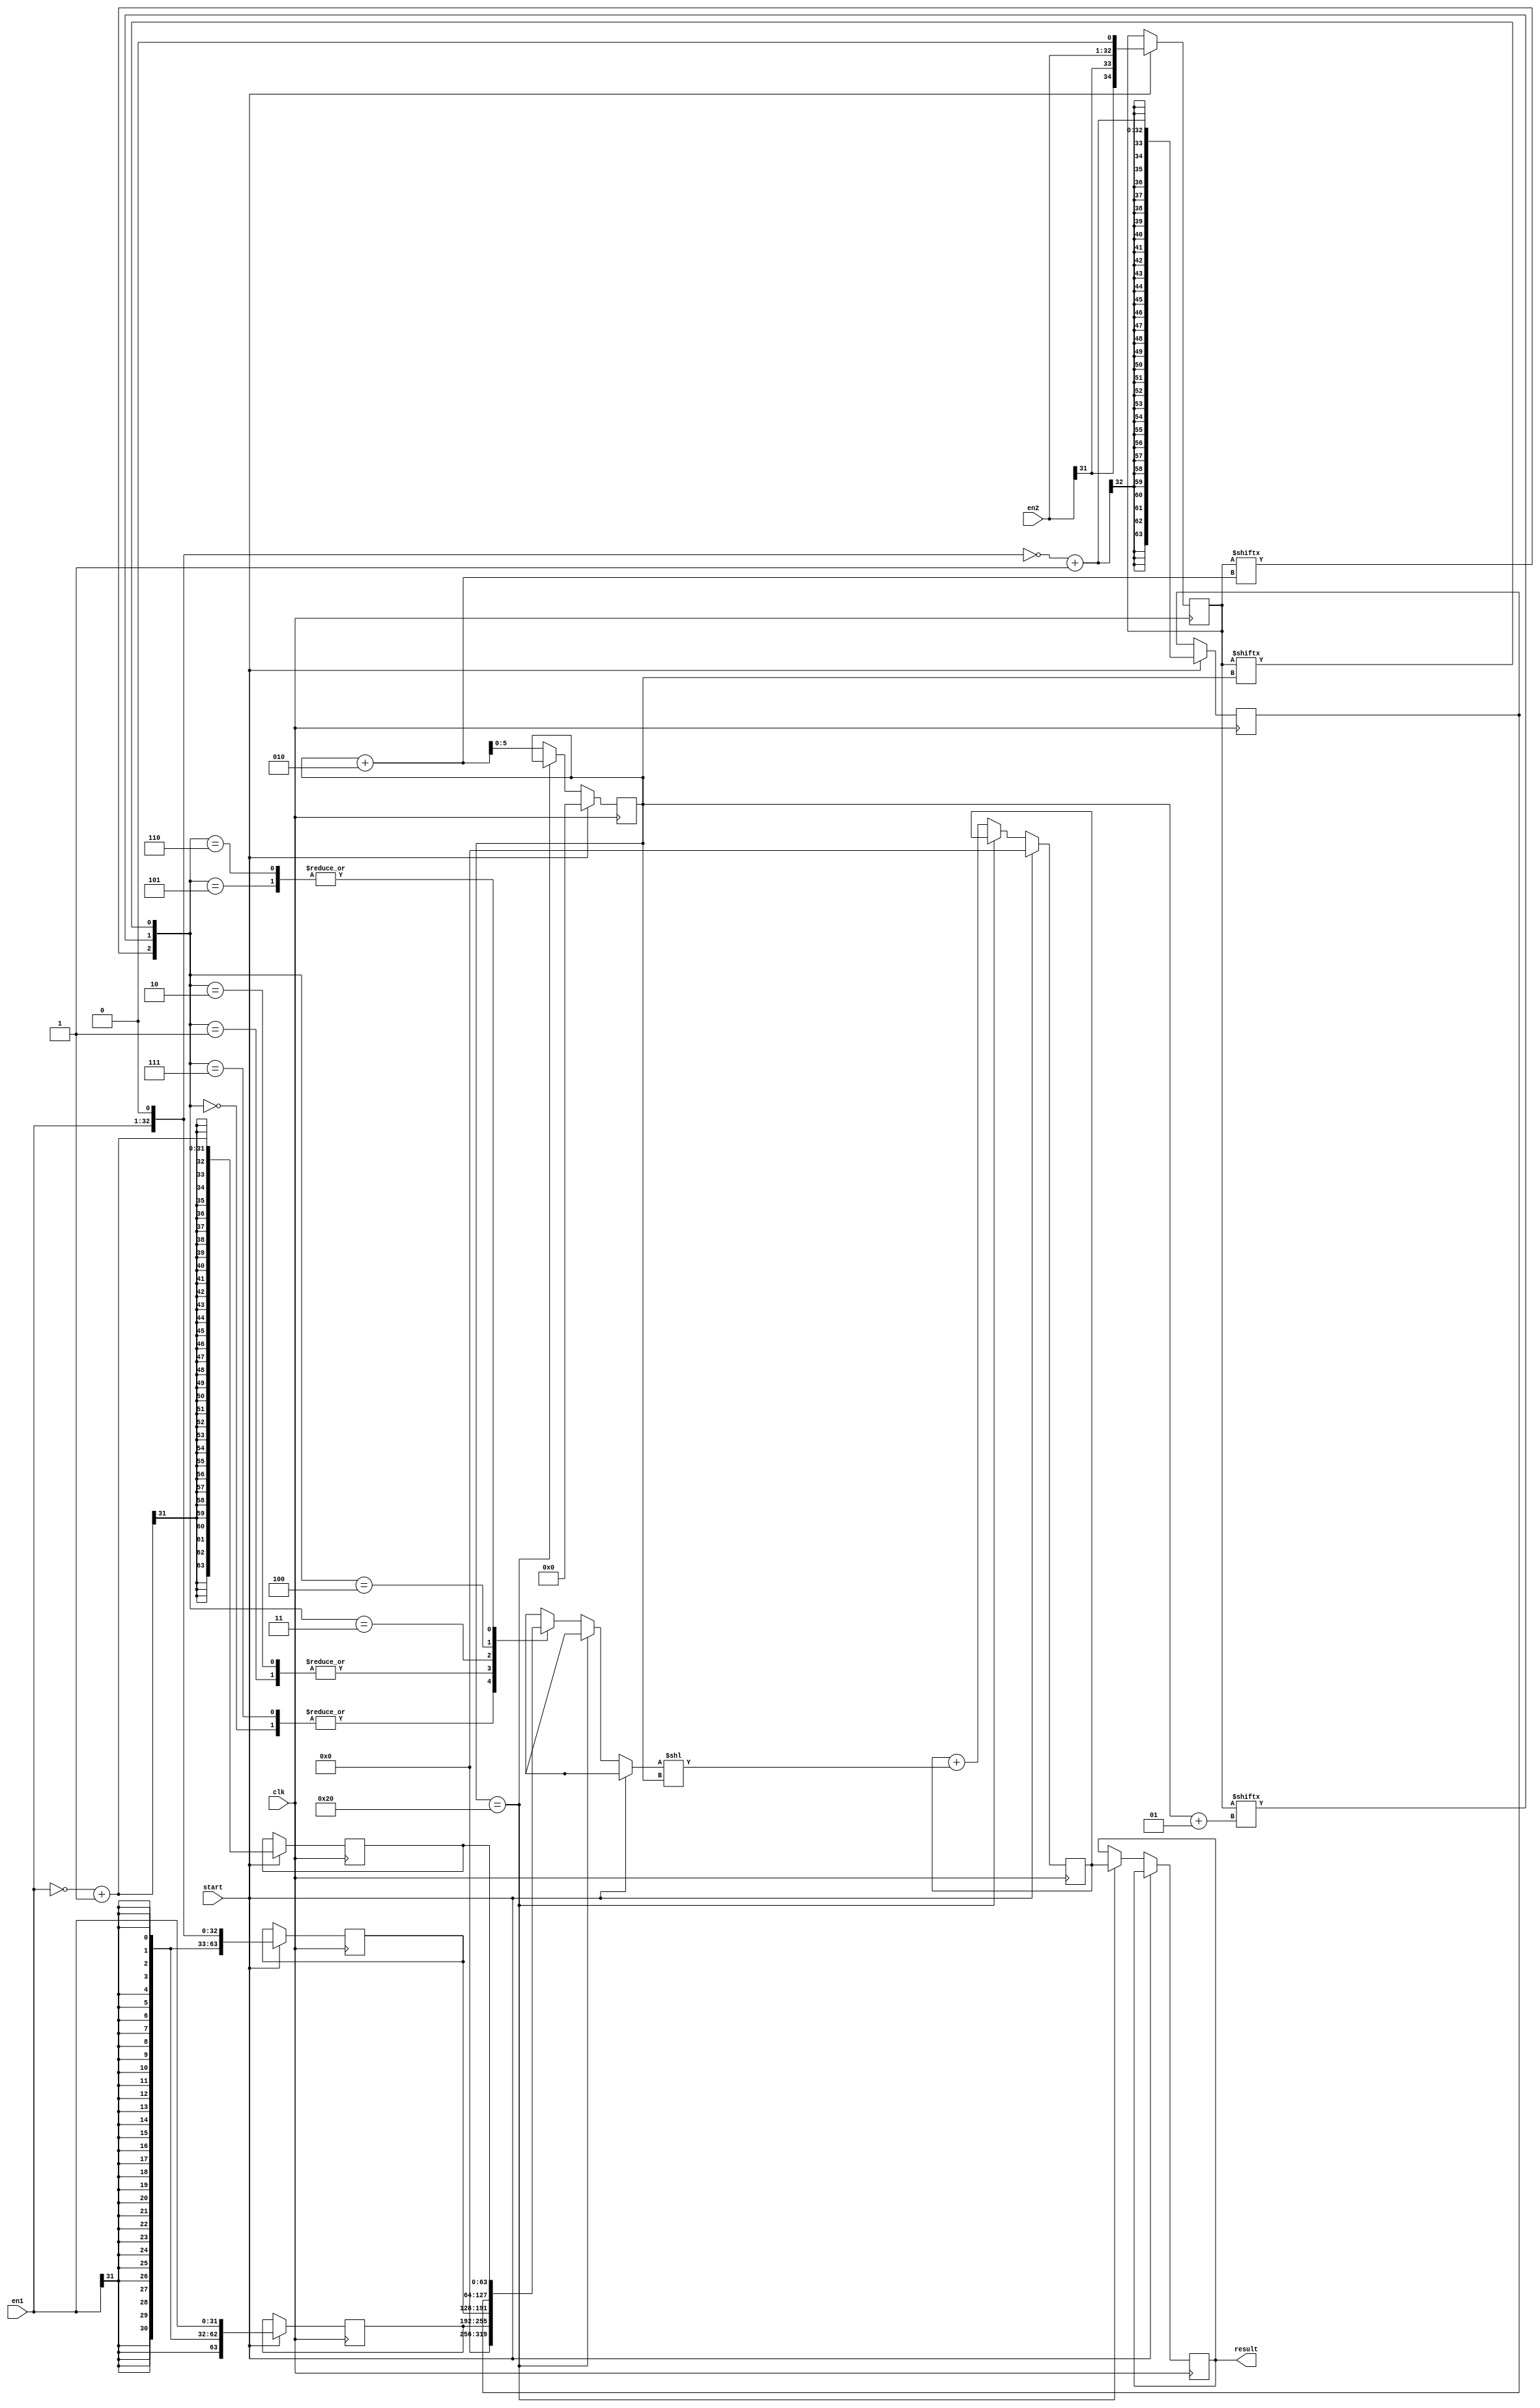
module Radix4Booth (start,clk,en1,en2,result);
input [31:0] en1,en2;
input clk,start;
output reg [63:0] result;

reg [63:0] tempResult;

reg[31:0] A;
reg[31:0] B;

reg [34:0] newB;

reg [63:0] A1Plus;
reg [63:0] A1Minus;
reg [63:0] A2Plus;
reg [63:0] A2Minus;

reg [31:0] A1MinusFirst;
reg [32:0] A2PlusFirst;
reg [32:0] A2MinusFirst;

reg [63:0] in;
reg signed [5:0] n;


always@(posedge clk)
begin
if (start) 
  begin
    A=en1;
    B=en2;
    newB = {{2{B[31]}} , B  , 1'b0 };
    tempResult='b0;
    in='b0;
    n = 6'b000000;

    A1Plus = { {32{A[31]}}, A };

    A1MinusFirst=~A+1;
    A1Minus={ {32{A1MinusFirst[31]}}, A1MinusFirst };

    A2PlusFirst = A << 1;
    A2Plus={{31{A2PlusFirst[32]}},A2PlusFirst};

    A2MinusFirst=~A2Plus+1;
    A2Minus={{31{A2MinusFirst[32]}},A2MinusFirst};

end
else
    begin
      if(n == 'd32)
        begin
          result =  tempResult;
        end
      else
        begin
          case ({newB[n+2],newB[n+1],newB[n]})
          3'b000 : in= 0;
          3'b111 : in= 0;

          3'b001 : in= (A1Plus);
          3'b010 : in= (A1Plus);

          3'b011 : in= (A2Plus);

          3'b100 : in= (A2Minus);

          3'b101 : in= (A1Minus);
          3'b110 : in= (A1Minus);
          endcase

          tempResult=tempResult+(in<< n);
        n = n+2;
        end
    end
end

endmodule